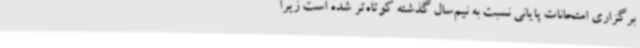
برگزاری امتحانات پایانی نسبت به نیم‌سال گذشته کوتاه‌تر شده است زیرا